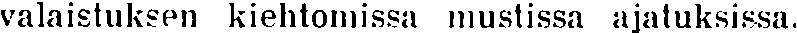
valaistuksen kiehtomissa mustissa ajatuksissa.